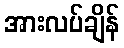
အားလပ်ချိန်